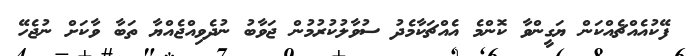
ފޭކުއެއްޗެއްކަން ޔަގީންވާ ކޮންމެ އެއްޗަކާމެދު ސުވާލުކުރުމުން ޖަވާބު ނުދެވިއްޖެއްޔާ ތަބާ ވާކަށް ނުޖެހޭ